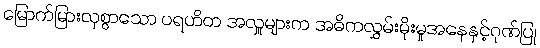
မြောက်မြားလှစွာသော ပရဟိတ အလှူများက အဓိကလွှမ်းမိုးမှုအနေနှင့်ဂုဏ်ပြု